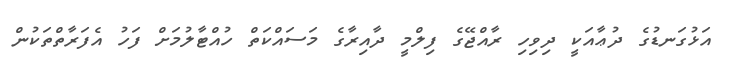
އަޅުގަނޑުގެ ދުޢާއަކީ ދިވިހި ރާއްޖޭގެ ފިލްމީ ދާއިރާގެ މަސައްކަތް ހުއްޓާލުމަށް ފަހު އެފަރާތްތަކުން